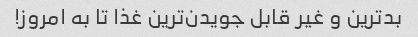
بدترین و غیر قابل جویدن‌ترین غذا تا به امروز!